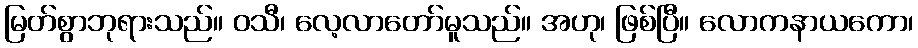
မြတ်စွာဘုရားသည်။ ဝသီ၊ လေ့လာတော်မူသည်။ အဟု၊ ဖြစ်ပြီ။ လောကနာယကော၊